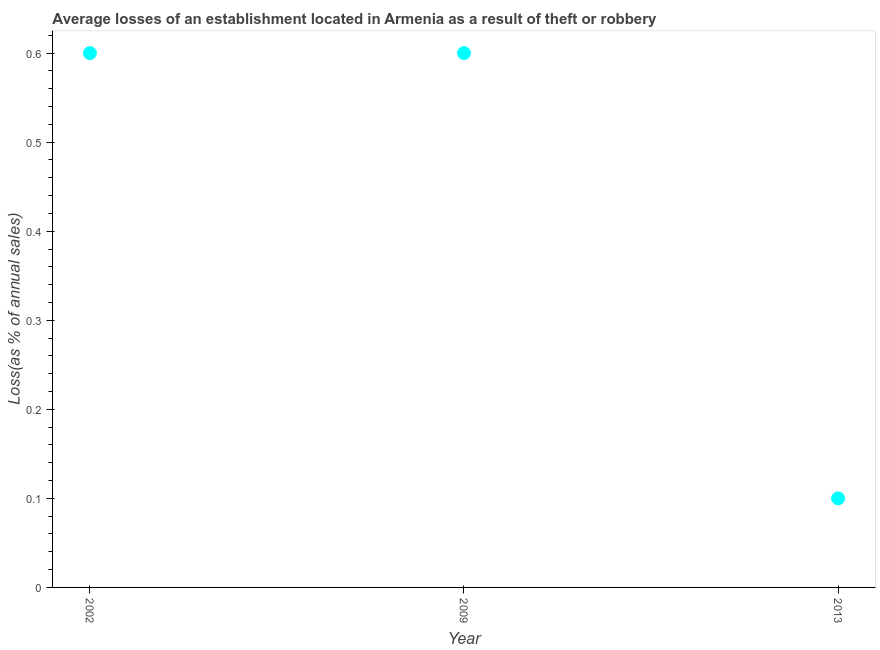
| Year | Losses due to theft |
 | --- | --- |
 | 2002 | 0.6 |
 | 2009 | 0.6 |
 | 2013 | 0.1 |